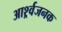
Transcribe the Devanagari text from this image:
आर्श्र्वजनक